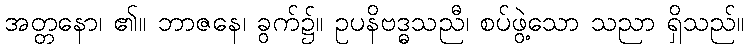
အတ္တနော၊ ၏။ ဘာဇနေ၊ ခွက်၌။ ဥပနိဗဒ္ဓသညီ၊ စပ်ဖွဲ့သော သညာ ရှိသည်။